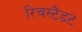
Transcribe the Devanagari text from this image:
रिचस्टैडट